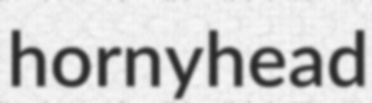
hornyhead